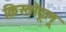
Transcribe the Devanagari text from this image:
क्रिस्तोदूलू